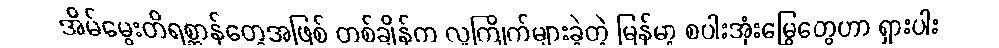
အိမ်မွေးတိရစ္ဆာန်တွေအဖြစ် တစ်ချိန်က လူကြိုက်များခဲ့တဲ့ မြန်မာ့ စပါးအုံးမြွေတွေဟာ ရှားပါး